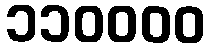
၁၁၀၀၀၀